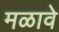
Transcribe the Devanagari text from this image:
मळावे